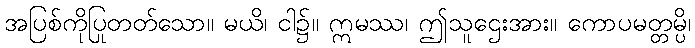
အပြစ်ကိုပြုတတ်သော။ မယိ၊ ငါ၌။ ဣမဿ၊ ဤသူဌေးအား။ ကောပမတ္တမ္ပိ၊